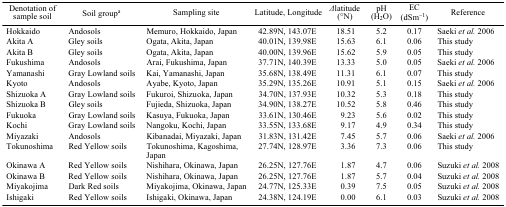
<table><thead><tr><td><b>Denotation of sample soil</b></td><td><b>Soil groupa</b></td><td><b>Sampling site</b></td><td><b>Latitude, Longitude</b></td><td><b><i>Δ</i> latitude (°N)</b></td><td><b>pH (H<sub>2</sub>O)</b></td><td><b>EC (dSm<sup>−1</sup>)</b></td><td><b>Reference</b></td></tr></thead><tbody><tr><td>Hokkaido</td><td>Andosols</td><td>Memuro, Hokkaido, Japan</td><td>42.89N, 143.07E</td><td>18.51</td><td>5.2</td><td>0.17</td><td>Saeki <i>et al.</i> 2006</td></tr><tr><td>Akita A</td><td>Gley soils</td><td>Ogata, Akita, Japan</td><td>40.01N, 139.98E</td><td>15.63</td><td>6.1</td><td>0.06</td><td>This study</td></tr><tr><td>Akita B</td><td>Gley soils</td><td>Ogata, Akita, Japan</td><td>40.00N, 139.96E</td><td>15.62</td><td>5.9</td><td>0.05</td><td>This study</td></tr><tr><td>Fukushima</td><td>Andosols</td><td>Arai, Fukushima, Japan</td><td>37.71N, 140.39E</td><td>13.33</td><td>5.0</td><td>0.05</td><td>Saeki <i>et al.</i> 2006</td></tr><tr><td>Yamanashi</td><td>Gray Lowland soils</td><td>Kai, Yamanashi, Japan</td><td>35.68N, 138.49E</td><td>11.31</td><td>6.1</td><td>0.07</td><td>This study</td></tr><tr><td>Kyoto</td><td>Andosols</td><td>Ayabe, Kyoto, Japan</td><td>35.29N, 135.26E</td><td>10.91</td><td>5.1</td><td>0.15</td><td>Saeki <i>et al.</i> 2006</td></tr><tr><td>Shizuoka A</td><td>Gray Lowland soils</td><td>Fukuroi, Shizuoka, Japan</td><td>34.70N, 137.93E</td><td>10.32</td><td>5.3</td><td>0.18</td><td>This study</td></tr><tr><td>Shizuoka B</td><td>Gley soils</td><td>Fujieda, Shizuoka, Japan</td><td>34.90N, 138.27E</td><td>10.52</td><td>5.8</td><td>0.46</td><td>This study</td></tr><tr><td>Fukuoka</td><td>Gray Lowland soils</td><td>Kasuya, Fukuoka, Japan</td><td>33.61N, 130.46E</td><td>9.23</td><td>5.6</td><td>0.02</td><td>This study</td></tr><tr><td>Kochi</td><td>Gray Lowland soils</td><td>Nangoku, Kochi, Japan</td><td>33.55N, 133.68E</td><td>9.17</td><td>4.9</td><td>0.34</td><td>This study</td></tr><tr><td>Miyazaki</td><td>Andosols</td><td>Kibanadai, Miyazaki, Japan</td><td>31.83N, 131.42E</td><td>7.45</td><td>5.7</td><td>0.06</td><td>Saeki <i>et al.</i> 2006</td></tr><tr><td>Tokunoshima</td><td>Red Yellow soils</td><td>Tokunoshima, Kagoshima, Japan</td><td>27.74N, 128.97E</td><td>3.36</td><td>7.3</td><td>0.06</td><td>This study</td></tr><tr><td>Okinawa A</td><td>Red Yellow soils</td><td>Nishihara, Okinawa, Japan</td><td>26.25N, 127.76E</td><td>1.87</td><td>4.7</td><td>0.06</td><td>Suzuki <i>et al.</i> 2008</td></tr><tr><td>Okinawa B</td><td>Red Yellow soils</td><td>Nishihara, Okinawa, Japan</td><td>26.25N, 127.76E</td><td>1.87</td><td>5.7</td><td>0.04</td><td>Suzuki <i>et al.</i> 2008</td></tr><tr><td>Miyakojima</td><td>Dark Red soils</td><td>Miyakojima, Okinawa, Japan</td><td>24.77N, 125.33E</td><td>0.39</td><td>7.5</td><td>0.05</td><td>Suzuki <i>et al.</i> 2008</td></tr><tr><td>Ishigaki</td><td>Red Yellow soils</td><td>Ishigaki, Okinawa, Japan</td><td>24.38N, 124.19E</td><td>0.00</td><td>6.1</td><td>0.03</td><td>Suzuki <i>et al.</i> 2008</td></tr></tbody></table>